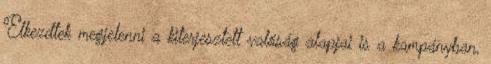
Elkezdtek megjelenni a kiterjesztett valóság alapjai is a kampányban,